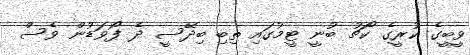
ވީބީގެ ކުރީގެ ކޯޗު ބުނީ ޓީމުގައި ތިބި ބިދޭސީ ދެ ފޯވަޑުން ވެސް